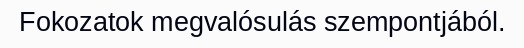
Fokozatok megvalósulás szempontjából.